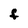
Character: F